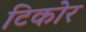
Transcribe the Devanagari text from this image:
टिकोर